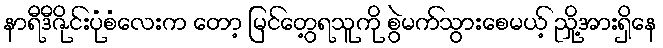
နာရီဒီဇိုင်းပုံစံလေးက တော့ မြင်တွေ့ရသူကို စွဲမက်သွားစေမယ့် ညှို့အားရှိနေ